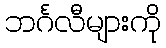
ဘင်္ဂလီများကို